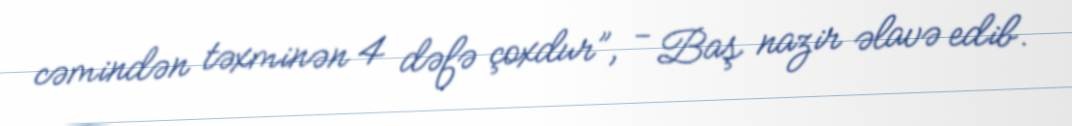
cəmindən təxminən 4 dəfə çoxdur”, - Baş nazir əlavə edib.